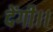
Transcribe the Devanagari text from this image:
देंगी।।